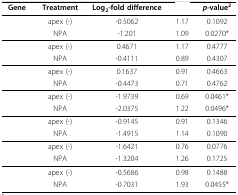
<table><thead><tr><td><b>Gene</b></td><td><b>Treatment</b></td><td><b>Log<sub>2</sub>-fold difference</b></td><td>[EMPTY_CELL]</td><td><b><i>p</i>-value<sup>2</sup></b></td></tr></thead><tbody><tr><td>[EMPTY_CELL]</td><td>apex (-)</td><td>-0.5062</td><td>1.17</td><td>0.1092</td></tr><tr><td>[EMPTY_CELL]</td><td>NPA</td><td>-1.201</td><td>1.09</td><td>0.0270*</td></tr><tr><td>[EMPTY_CELL]</td><td>apex (-)</td><td>0.4671</td><td>1.17</td><td>0.4777</td></tr><tr><td>[EMPTY_CELL]</td><td>NPA</td><td>-0.4111</td><td>0.89</td><td>0.4307</td></tr><tr><td>[EMPTY_CELL]</td><td>apex (-)</td><td>0.1637</td><td>0.91</td><td>0.4663</td></tr><tr><td>[EMPTY_CELL]</td><td>NPA</td><td>-0.4473</td><td>0.71</td><td>0.4762</td></tr><tr><td>[EMPTY_CELL]</td><td>apex (-)</td><td>-1.9739</td><td>0.69</td><td>0.0461*</td></tr><tr><td>[EMPTY_CELL]</td><td>NPA</td><td>-2.0375</td><td>1.22</td><td>0.0496*</td></tr><tr><td>[EMPTY_CELL]</td><td>apex (-)</td><td>-0.9145</td><td>0.91</td><td>0.1346</td></tr><tr><td>[EMPTY_CELL]</td><td>NPA</td><td>-1.4915</td><td>1.14</td><td>0.1090</td></tr><tr><td>[EMPTY_CELL]</td><td>apex (-)</td><td>-1.6421</td><td>0.76</td><td>0.0776</td></tr><tr><td>[EMPTY_CELL]</td><td>NPA</td><td>-1.3204</td><td>1.26</td><td>0.1725</td></tr><tr><td>[EMPTY_CELL]</td><td>apex (-)</td><td>-0.5686</td><td>0.98</td><td>0.1488</td></tr><tr><td>[EMPTY_CELL]</td><td>NPA</td><td>-0.7031</td><td>1.93</td><td>0.0455*</td></tr></tbody></table>